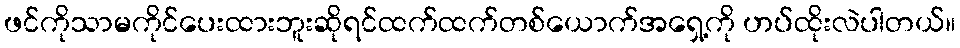
ဖင်ကိုသာမကိုင်ပေးထားဘူးဆိုရင်ထက်ထက်တစ်ယောက်အရှေ့ကို ဟပ်ထိုးလဲပါတယ်။